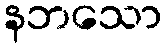
နဘသော